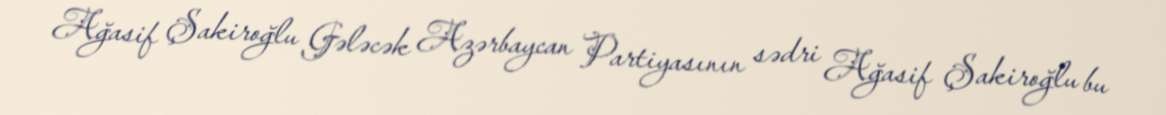
Ağasif Şakiroğlu Gələcək Azərbaycan Partiyasının sədri Ağasif Şakiroğlu bu